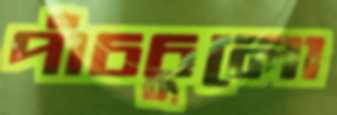
পাঁচচুলো